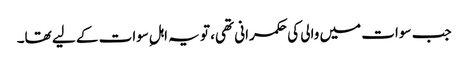
جب سوات میں والی کی حکمرانی تھی، تو یہ اہلِ سوات کے لیے تھا۔